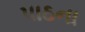
પાઠના